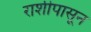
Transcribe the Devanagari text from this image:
राशीपासून